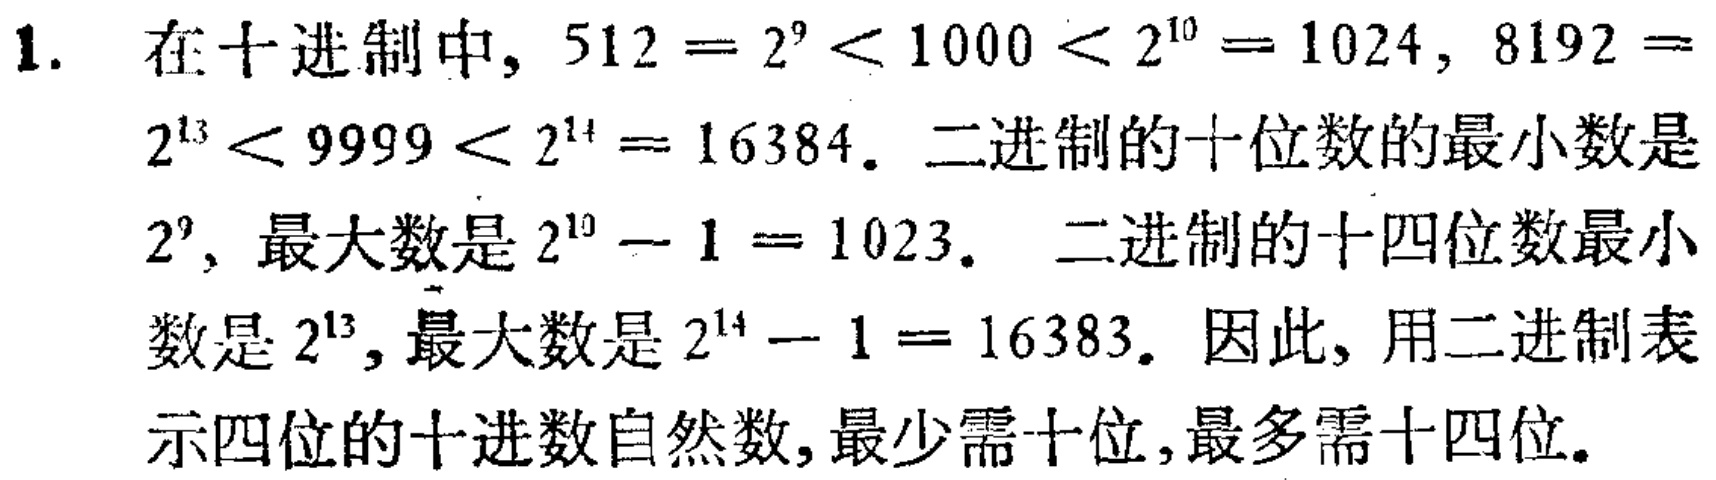
1. 在十进制中, \(512 = 2^{9}<1000<2^{10}=1024\), \(8192 = 2^{13}<9999<2^{14}=16384\). 二进制的十位数的最小数是\(2^{9}\), 最大数是\(2^{10}-1 = 1023\). 二进制的十四位数最小数是\(2^{13}\), 最大数是\(2^{14}-1 = 16383\). 因此, 用二进制表示四位的十进数自然数,最少需十位,最多需十四位.